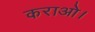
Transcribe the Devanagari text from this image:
कराओ।